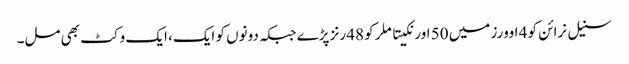
سنیل نرائن کو 4 اوورز میں 50 اور نکیتا ملر کو 48 رنز پڑے جبکہ دونوں کو ایک، ایک وکٹ بھی مل۔